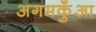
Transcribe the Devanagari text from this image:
अगमकुँआ